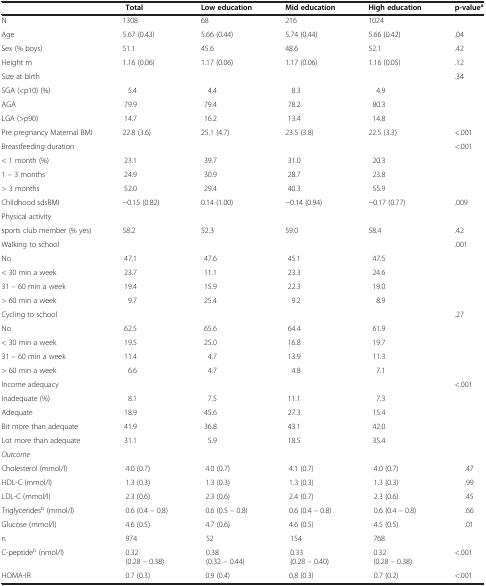
<table><thead><tr><td><b> </b></td><td><b>Total</b></td><td><b>Low education</b></td><td><b>Mid education</b></td><td><b>High education</b></td><td><b>p-value<sup>a</sup></b></td></tr></thead><tbody><tr><td>N</td><td>1308</td><td>68</td><td>216</td><td>1024</td><td> </td></tr><tr><td>Age</td><td>5.67 (0.43)</td><td>5.66 (0.44)</td><td>5.74 (0.44)</td><td>5.66 (0.42)</td><td>.04</td></tr><tr><td>Sex (% boys)</td><td>51.1</td><td>45.6</td><td>48.6</td><td>52.1</td><td>.42</td></tr><tr><td>Height m</td><td>1.16 (0.06)</td><td>1.17 (0.06)</td><td>1.17 (0.06)</td><td>1.16 (0.05)</td><td>.12</td></tr><tr><td>Size at birth</td><td> </td><td> </td><td> </td><td> </td><td>.34</td></tr><tr><td>SGA (&lt;p10) (%)</td><td>5.4</td><td>4.4</td><td>8.3</td><td>4.9</td><td> </td></tr><tr><td>AGA</td><td>79.9</td><td>79.4</td><td>78.2</td><td>80.3</td><td> </td></tr><tr><td>LGA (&gt;p90)</td><td>14.7</td><td>16.2</td><td>13.4</td><td>14.8</td><td> </td></tr><tr><td>Pre pregnancy Maternal BMI</td><td>22.8 (3.6)</td><td>25.1 (4.7)</td><td>23.5 (3.8)</td><td>22.5 (3.3)</td><td>&lt;.001</td></tr><tr><td>Breastfeeding duration</td><td> </td><td> </td><td> </td><td> </td><td>&lt;.001</td></tr><tr><td>&lt; 1 month (%)</td><td>23.1</td><td>39.7</td><td>31.0</td><td>20.3</td><td> </td></tr><tr><td>1 – 3 months</td><td>24.9</td><td>30.9</td><td>28.7</td><td>23.8</td><td> </td></tr><tr><td>&gt; 3 months</td><td>52.0</td><td>29.4</td><td>40.3</td><td>55.9</td><td> </td></tr><tr><td>Childhood sdsBMI</td><td>−0.15 (0.82)</td><td>0.14 (1.00)</td><td>−0.14 (0.94)</td><td>−0.17 (0.77)</td><td>.009</td></tr><tr><td>Physical activity</td><td> </td><td> </td><td> </td><td> </td><td> </td></tr><tr><td>sports club member (% yes)</td><td>58.2</td><td>52.3</td><td>59.0</td><td>58.4</td><td>.42</td></tr><tr><td>Walking to school</td><td> </td><td> </td><td> </td><td> </td><td>.001</td></tr><tr><td>No</td><td>47.1</td><td>47.6</td><td>45.1</td><td>47.5</td><td> </td></tr><tr><td>&lt; 30 min a week</td><td>23.7</td><td>11.1</td><td>23.3</td><td>24.6</td><td> </td></tr><tr><td>31 – 60 min a week</td><td>19.4</td><td>15.9</td><td>22.3</td><td>19.0</td><td> </td></tr><tr><td>&gt; 60 min a week</td><td>9.7</td><td>25.4</td><td>9.2</td><td>8.9</td><td> </td></tr><tr><td>Cycling to school</td><td> </td><td> </td><td> </td><td> </td><td>.27</td></tr><tr><td>No</td><td>62.5</td><td>65.6</td><td>64.4</td><td>61.9</td><td> </td></tr><tr><td>&lt; 30 min a week</td><td>19.5</td><td>25.0</td><td>16.8</td><td>19.7</td><td> </td></tr><tr><td>31 – 60 min a week</td><td>11.4</td><td>4.7</td><td>13.9</td><td>11.3</td><td> </td></tr><tr><td>&gt; 60 min a week</td><td>6.6</td><td>4.7</td><td>4.8</td><td>7.1</td><td> </td></tr><tr><td>Income adequacy</td><td> </td><td> </td><td> </td><td> </td><td>&lt;.001</td></tr><tr><td>Inadequate (%)</td><td>8.1</td><td>7.5</td><td>11.1</td><td>7.3</td><td> </td></tr><tr><td>Adequate</td><td>18.9</td><td>45.6</td><td>27.3</td><td>15.4</td><td> </td></tr><tr><td>Bit more than adequate</td><td>41.9</td><td>36.8</td><td>43.1</td><td>42.0</td><td> </td></tr><tr><td>Lot more than adequate</td><td>31.1</td><td>5.9</td><td>18.5</td><td>35.4</td><td> </td></tr><tr><td><i>Outcome</i></td><td> </td><td> </td><td> </td><td> </td><td> </td></tr><tr><td>Cholesterol (mmol/l)</td><td>4.0 (0.7)</td><td>4.0 (0.7)</td><td>4.1 (0.7)</td><td>4.0 (0.7)</td><td>.47</td></tr><tr><td>HDL-C (mmol/l)</td><td>1.3 (0.3)</td><td>1.3 (0.3)</td><td>1.3 (0.3)</td><td>1.3 (0.3)</td><td>.99</td></tr><tr><td>LDL-C (mmol/l)</td><td>2.3 (0.6)</td><td>2.3 (0.6)</td><td>2.4 (0.7)</td><td>2.3 (0.6)</td><td>.45</td></tr><tr><td>Triglycerides<sup>b</sup> (mmol/l)</td><td>0.6 (0.4 – 0.8)</td><td>0.6 (0.5 – 0.8)</td><td>0.6 (0.4 – 0.8)</td><td>0.6 (0.4 – 0.8)</td><td>.66</td></tr><tr><td>Glucose (mmol/l)</td><td>4.6 (0.5)</td><td>4.7 (0.6)</td><td>4.6 (0.5)</td><td>4.5 (0.5)</td><td>.01</td></tr><tr><td>n</td><td>974</td><td>52</td><td>154</td><td>768</td><td> </td></tr><tr><td>C-peptide<sup>b</sup> (nmol/l)</td><td>0.32 (0.28 – 0.38)</td><td>0.38 (0.32 – 0.44)</td><td>0.33 (0.28 – 0.40)</td><td>0.32 (0.28 – 0.38)</td><td>&lt;.001</td></tr><tr><td>HOMA-IR</td><td>0.7 (0.3)</td><td>0.9 (0.4)</td><td>0.8 (0.3)</td><td>0.7 (0.2)</td><td>&lt;.001</td></tr></tbody></table>